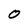
Character: O